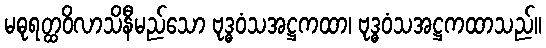
မဓုရတ္ထဝိလာသိနီမည်သော ဗုဒ္ဓဝံသအဋ္ဌကထာ၊ ဗုဒ္ဓဝံသအဋ္ဌကထာသည်။